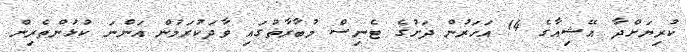
ކުރިޔަށްދާ އޭޝިއާގެ 14 އަހަރުން ދަށުގެ ޓެނިސް މުބާރާތުގައި ވާދަކުރަމުން އަންނަ ކުޅުންތެރިން